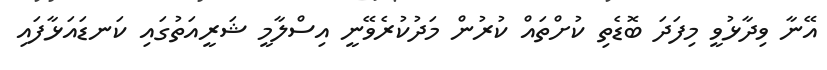
އޭނާ ވިދާޅުވީ މިފަދަ ބޮޑެތި ކުށްތައް ކުރުން މަދުކުރެވޭނީ އިސްލާމީ ޝަރީއަތުގައި ކަނޑައަޅާފައި